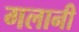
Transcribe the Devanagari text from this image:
गलानी